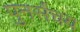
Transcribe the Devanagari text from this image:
पुनर्संचय